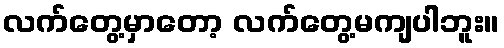
လက်တွေ့မှာတော့ လက်တွေ့မကျပါဘူး။